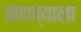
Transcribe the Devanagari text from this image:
चांदण्याला